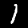
Digit: 1